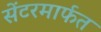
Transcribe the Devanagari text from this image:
सेंटरमार्फत